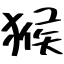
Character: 猴